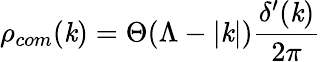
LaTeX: \rho_{com}(\mathit{k})=\Theta(\Lambda-|\mathit{k}|)\frac{{\delta^{\prime}(\mathit{k})}}{{2\pi}}